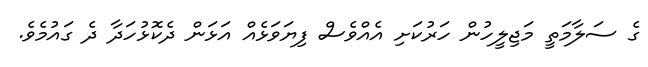
ގެ ސަލާމަތީ މަޖިލީހުން ހަރުކަށި އެއްވެސް ފިޔަވަޅެއް އަޅަން ދެކޮޅުހަދާ ދެ ގައުމެވެ.